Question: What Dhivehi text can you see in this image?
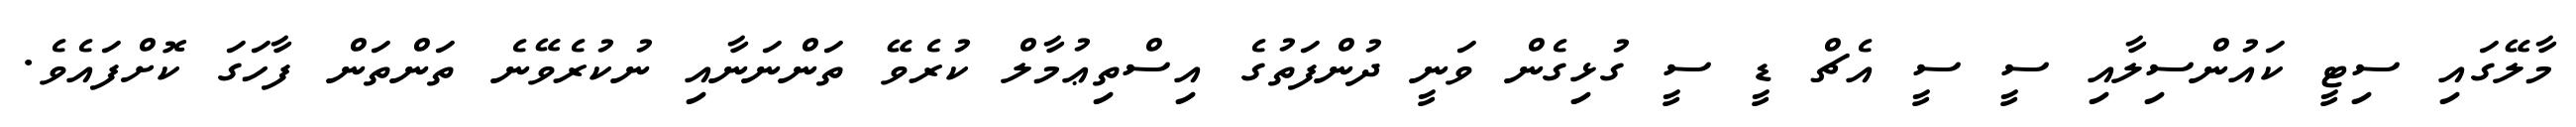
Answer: މާލޭގައި ސިޓީ ކައުންސިލާއި ސީ ސީ އެޗް ޑީ ސީ ގުޅިގެން ވަނީ ދުންފަތުގެ އިސްތިޢުމާލް ކުރެވޭ ތަންނަނާއި ނުކުރެވޭނެ ތަންތަން ފާހަގަ ކޮށްފައެވެ.